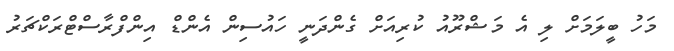
މަހު ބީލަމަށް ލި އެ މަޝްރޫއު ކުރިއަށް ގެންދަނީ ހައުސިން އެންޑް އިންފްރާސްޓްރަކްޗަރު